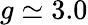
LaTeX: g\simeq 3.0